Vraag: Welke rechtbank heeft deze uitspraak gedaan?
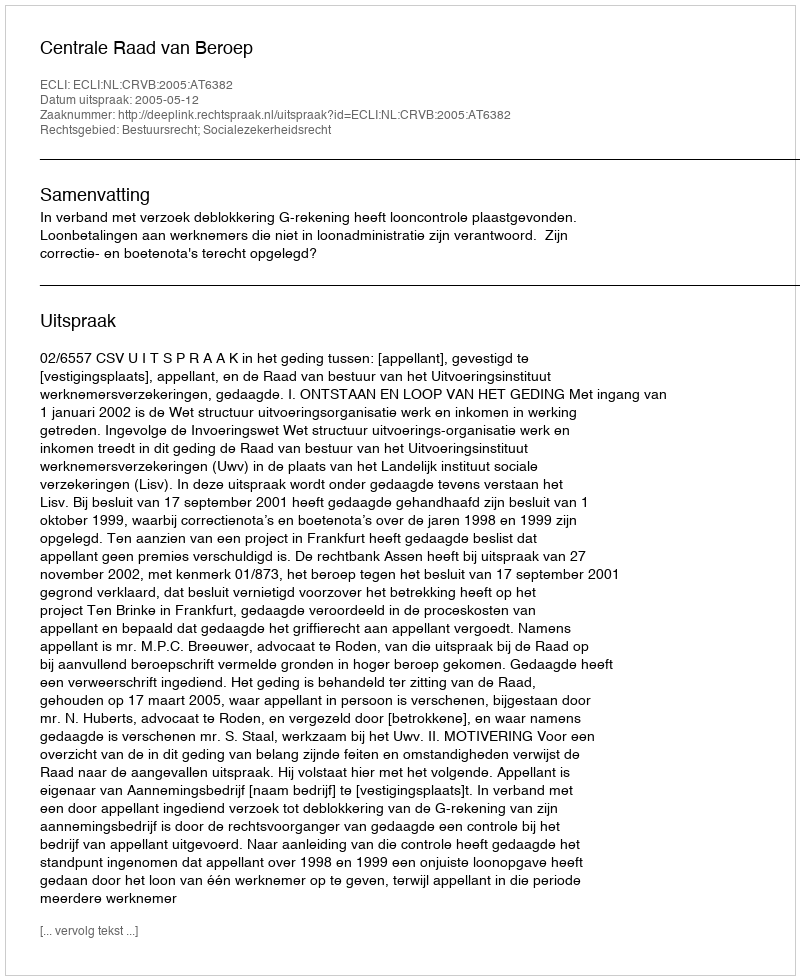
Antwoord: Centrale Raad van Beroep